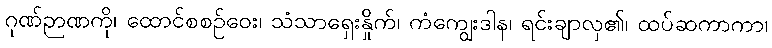
ဂုဏ်ဉာဏကို၊ ထောင်စစဉ်ဝေး၊ သံသာရှေးနှိုက်၊ ကံကျွေးဒါန၊ ရင်းချာလှ၏၊ ထပ်ဆကာကာ၊